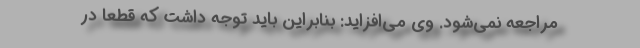
مراجعه نمی‌شود. وی می‌افزاید: بنابراین باید توجه داشت که قطعاً در